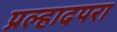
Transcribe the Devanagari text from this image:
प्रल्हादपरा